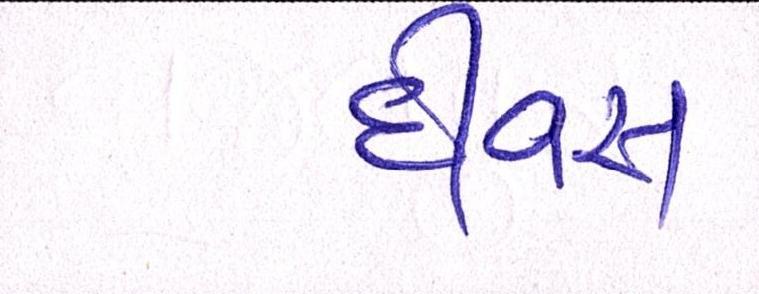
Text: દીવસ